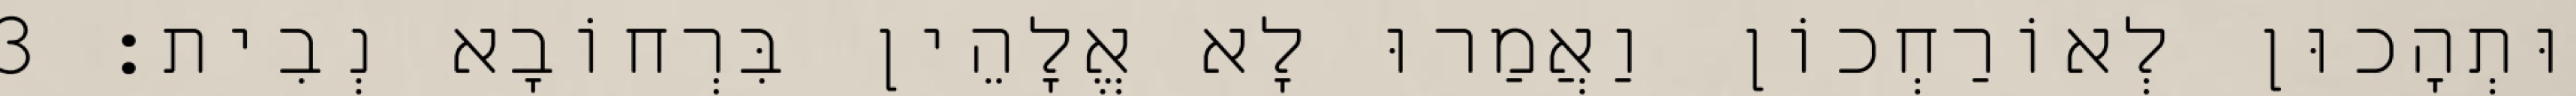
וּתְהָכוּן לְאוֹרַחְכוֹן וַאֲמַרוּ לָא אֱלָהֵין בִּרְחוֹבָא נְבִית׃ 3